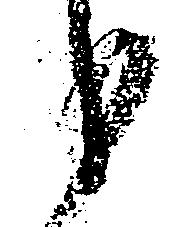
分